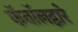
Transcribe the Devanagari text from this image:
कॅनॉलद्वारे